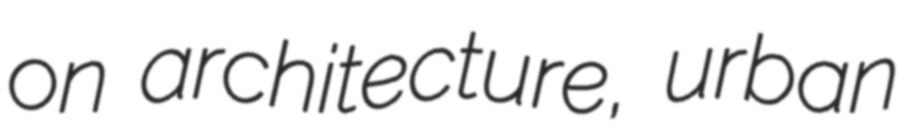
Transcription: on architecture, urban